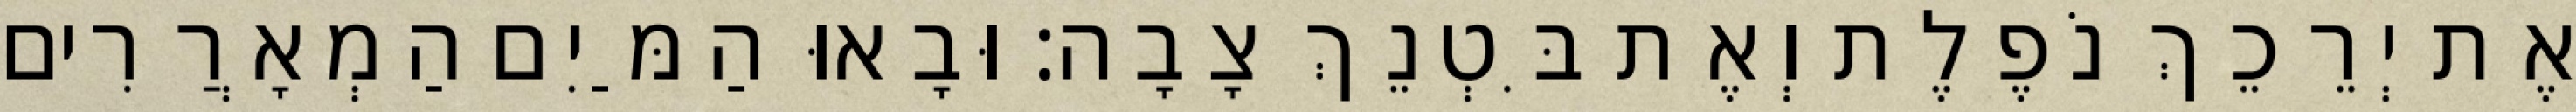
אֶת יְרֵכֵךְ נֹפֶלֶת וְאֶת בִּטְנֵךְ צָבָה׃ וּבָאוּ הַמַּיִם הַמְאָרֲרִים